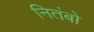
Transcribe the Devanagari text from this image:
नितंबो